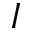
I